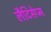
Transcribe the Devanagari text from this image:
लैटिसेप्स